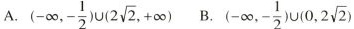
A.( - \infty ,- \frac{1}{2})\cup(2 \sqrt{2},+ \infty) B. (- \infty ,- \frac{1}{2})\cup(0,2 \sqrt{2})